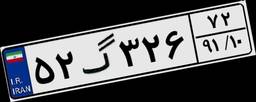
۵۳گ۹۲۰۱۴